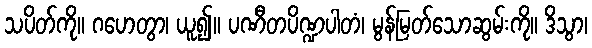
သပိတ်ကို။ ဂဟေတွာ၊ ယူ၍။ ပဏီတပိဏ္ဍပါတံ၊ မွန်မြတ်သောဆွမ်းကို။ ဒိသွာ၊